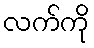
လက်ကို